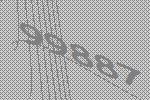
99887